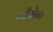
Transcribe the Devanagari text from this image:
नीमेन